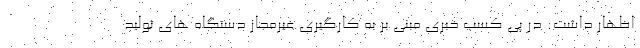
اظهار داشت: در پی کسب خبری مبنی بر به کارگیری غیرمجاز دستگاه های تولید